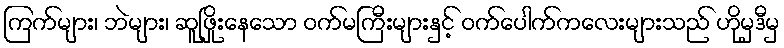
ကြက်များ၊ ဘဲများ၊ ဆူဖြိုးနေသော ဝက်မကြီးများနှင့် ဝက်ပေါက်ကလေးများသည် ဟိုမှဒီမှ